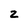
Character: 2